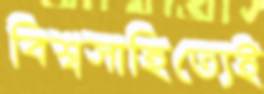
বিশ্বসাহিত্যেই